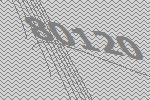
80120